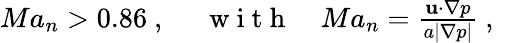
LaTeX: \begin{array}{r}{Ma_{n}>0.86\mathrm{~,~}\quad\mathrm{~w~i~t~h~}\quad Ma_{n}=\frac{{{\mathbf{u}}\cdot\nabla p}}{{a\left|{\nabla p}\right|}}\mathrm{~,~}}\end{array}